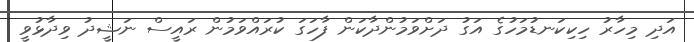
އަދި މިހާރު ހިކިކަނޑުމަހުގެ އަގު ދަށްވަމުންދާކަން ފާހަގަ ކުރައްވަމުން ރައީސް ނަޝީދު ވިދާޅުވީ